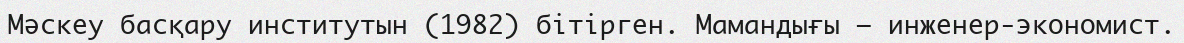
Мәскеу басқару институтын (1982) бітірген. Мамандығы – инженер-экономист.